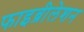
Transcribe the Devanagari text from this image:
फाइब्रीलेशन